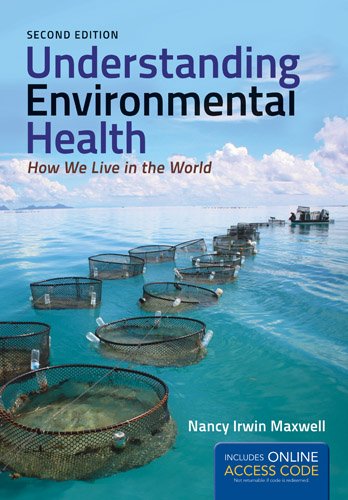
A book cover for Understanding Environmental Health: How We Live in the World; Nancy Irwin Maxwell; Medical Books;